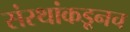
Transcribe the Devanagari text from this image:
संस्थांकडूनच